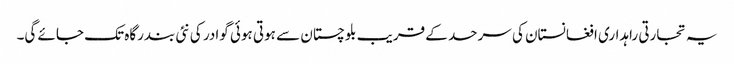
یہ تجارتی راہداری افغانستان کی سرحد کے قریب بلوچستان سے ہوتی ہوئی گوادر کی نئی بندرگاہ تک جائے گی۔